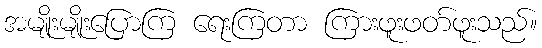
အမျိုးမျိုးပြောကြ ရေးကြတာ ကြားဖူးဖတ်ဖူးသည်။